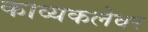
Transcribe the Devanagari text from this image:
काव्यकलेवर